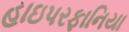
હાઇપરફાનિયા